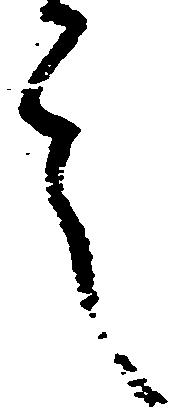
言